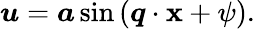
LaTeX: \boldsymbol{u}=\boldsymbol{a}\sin{(\boldsymbol{q}\cdot\boldsymbol{\mathbf{x}}+\psi)}.